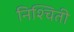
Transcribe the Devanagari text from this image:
निश्‍चिती